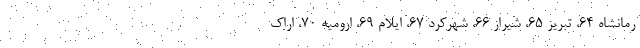
رمانشاه 64، تبریز 65، شیراز 66، شهرکرد 67، ایلام 69، ارومیه 70، اراک